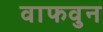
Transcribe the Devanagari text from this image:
वाफवुन